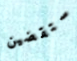
ستقضين